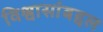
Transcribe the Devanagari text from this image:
विश्वासांबद्दल